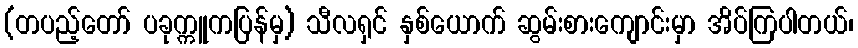
(တပည့်တော် ပခုက္ကူကပြန်မှ) သီလရှင် နှစ်ယောက် ဆွမ်းစားကျောင်းမှာ အိပ်ကြပါတယ်၊